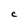
Character: C